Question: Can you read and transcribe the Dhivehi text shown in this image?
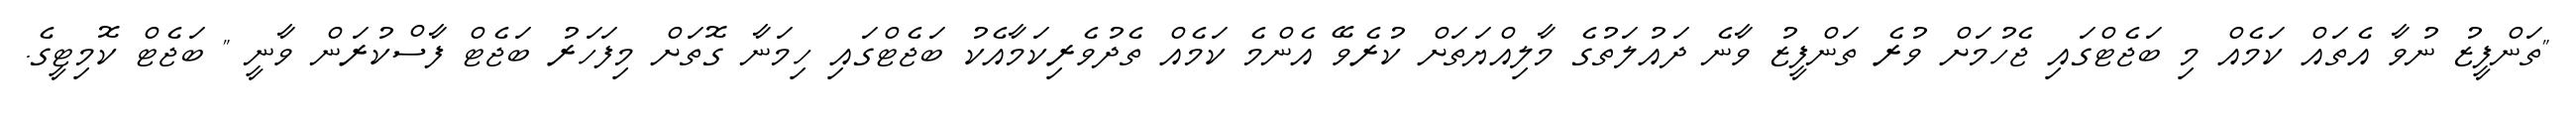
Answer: "ތަންފީޒު ނުވާ އެތައް ކަމެއް މި ބަޖެޓްގައި ޖެހުމަށް ވުރެ ތަންފީޒު ވާނެ ދައުލަތުގެ މާލިއްޔަތަށް ކުރެވޭ އެންމެ ކަމެއް ތެދުވެރިކަމާއެކު ބަޖެޓްގައި ހިމަނާ ގޮތަށް މިފަހަރު ބަޖެޓް ފާސްކުރަން ވާނީ " ބަޖެޓް ކޮމިޓީގެ.